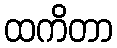
ထကိတာ